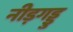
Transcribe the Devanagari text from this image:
नीड़गड्डु